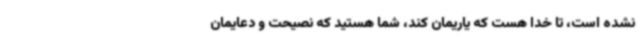
نشده است، تا خدا هست که یاریمان کند، شما هستید که نصیحت و دعایمان